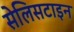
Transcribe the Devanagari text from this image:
सेलिसटाइन